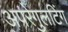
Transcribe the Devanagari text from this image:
अपरेगुलटिंग